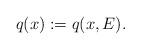
LaTeX: \begin{align*} q(x):=q(x,E).\end{align*}